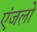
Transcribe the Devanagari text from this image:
एंजलो